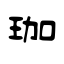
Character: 珈